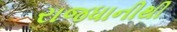
રાજધાનીથી